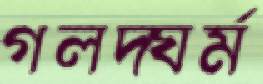
গলদ্ঘর্ম